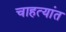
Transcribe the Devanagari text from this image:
चाहत्यांत